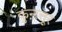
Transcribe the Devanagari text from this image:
कुऩ्ऱत्तूर